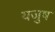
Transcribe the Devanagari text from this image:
यजुष